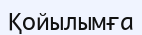
Қойылымға